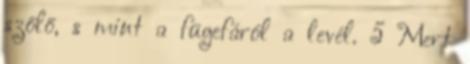
szőlő, s mint a fügefáról a levél. 5 Mert